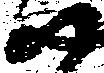
尉